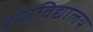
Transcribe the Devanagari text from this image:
हमाविद्यालय